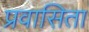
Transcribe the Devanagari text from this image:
प्रवासिता